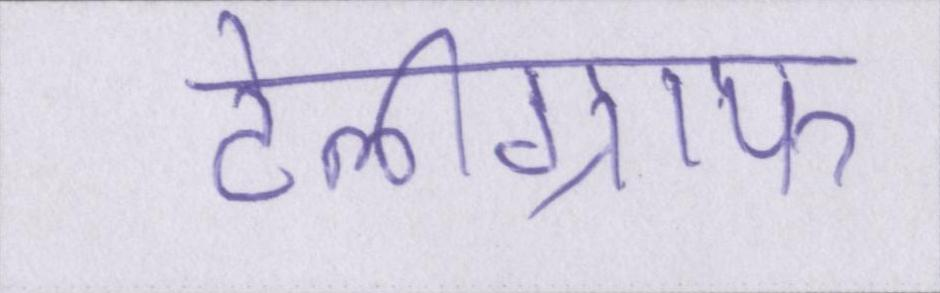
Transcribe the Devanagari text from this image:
टेलीग्राफ